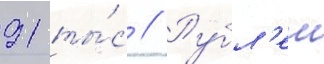
91 ты́с // Рубл'еи